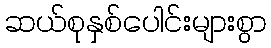
ဆယ်စုနှစ်ပေါင်းများစွာ